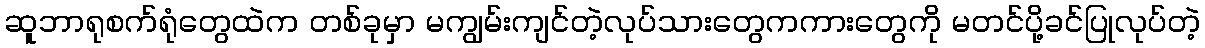
ဆူဘာရုစက်ရုံတွေထဲက တစ်ခုမှာ မကျွမ်းကျင်တဲ့လုပ်သားတွေကကားတွေကို မတင်ပို့ခင်ပြုလုပ်တဲ့